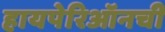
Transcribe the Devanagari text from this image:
हायपेरिऑनची